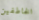
الخاطفين